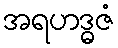
အရဟဒ္ဓဇံ